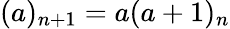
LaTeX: (a)_{n+1}=a(a+1)_{n}